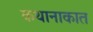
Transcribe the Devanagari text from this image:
कथानाकात